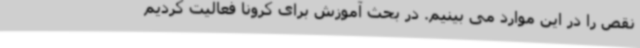
نقص را در این موارد می بینیم. در بحث آموزش برای کرونا فعالیت کردیم